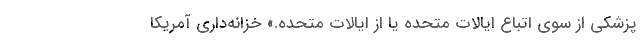
پزشکی از سوی اتباع ایالات متحده یا از ایالات متحده.» خزانه‌داری آمریکا